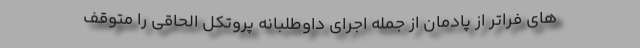
های فراتر از پادمان از جمله اجرای داوطلبانه پروتکل الحاقی را متوقف